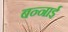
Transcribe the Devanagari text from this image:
बन्नाई